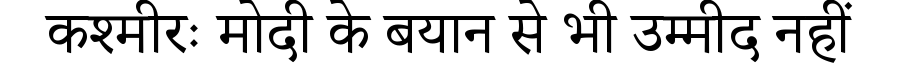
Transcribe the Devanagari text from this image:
कश्मीरः मोदी के बयान से भी उम्मीद नहीं